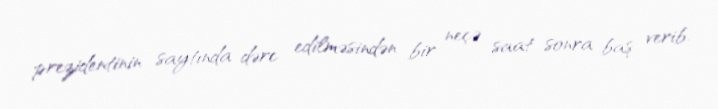
prezidentinin saytında dərc edilməsindən bir neçə saat sonra baş verib.